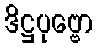
ဒိဋ္ဌပုဗ္ဗော